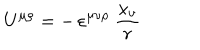
LaTeX: U ^ { \mu \rho } = - \, \varepsilon ^ { \mu \nu \rho } \ \frac { x _ { \nu } } { r }